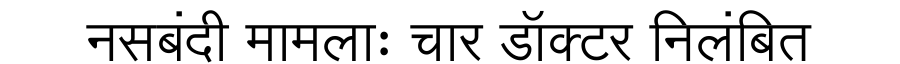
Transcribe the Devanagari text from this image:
नसबंदी मामलाः चार डॉक्टर निलंबित